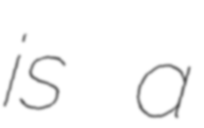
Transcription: is a